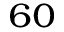
^ { 6 0 }